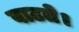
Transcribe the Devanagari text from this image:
वाटते।